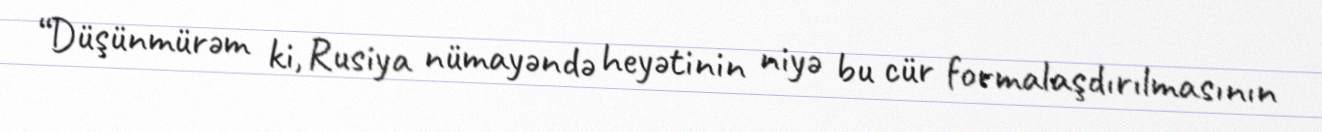
“Düşünmürəm ki, Rusiya nümayəndə heyətinin niyə bu cür formalaşdırılmasının